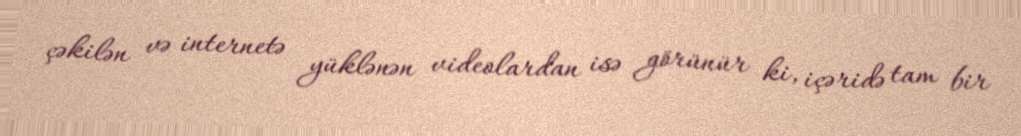
çəkilən və internetə yüklənən videolardan isə görünür ki, içəridə tam bir